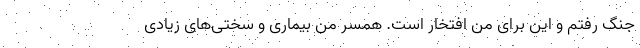
جنگ رفتم و این برای من افتخار است. همسر من بیماری و سختی‌های زیادی